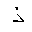
Letter: _thal